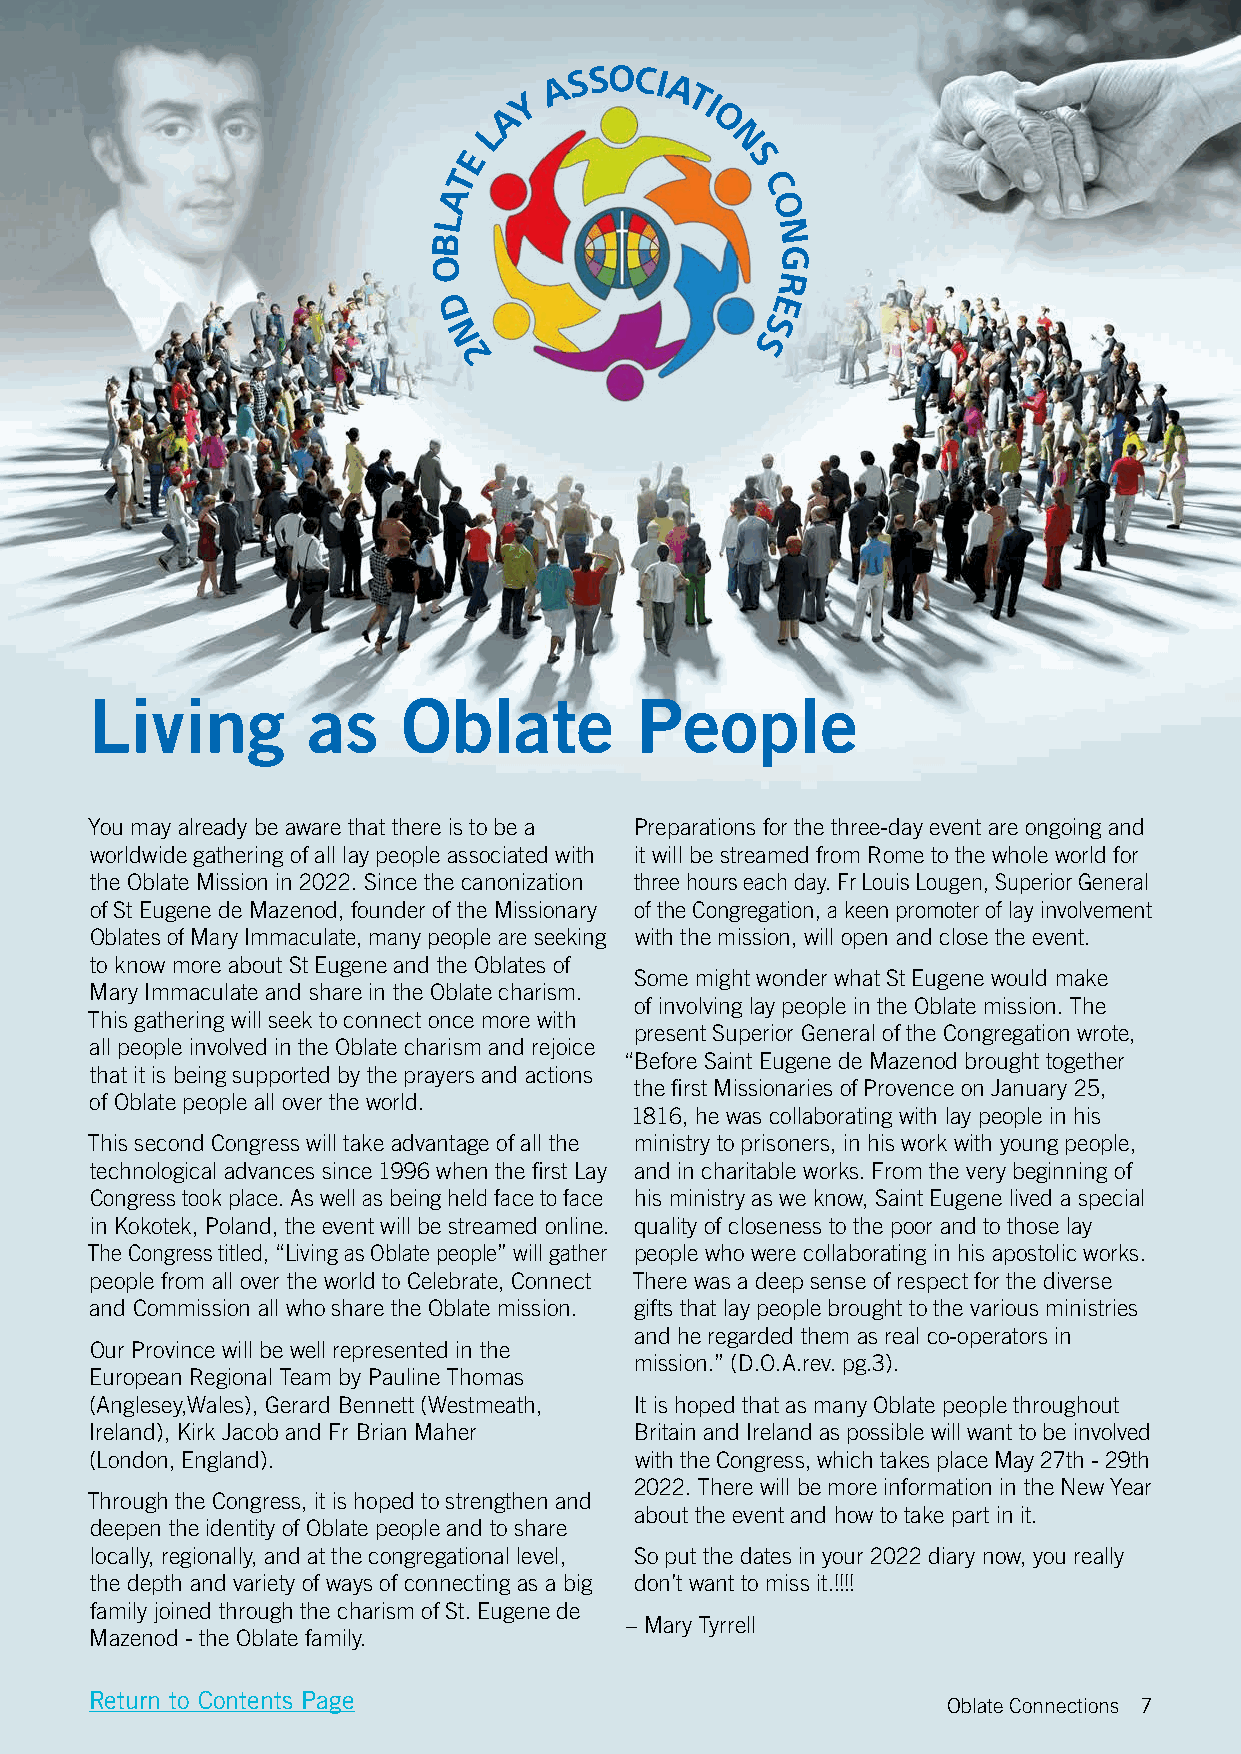
Living        as     Oblate         People
 You may already be aware that there is to be a Preparations for the three-day event are ongoing and
 worldwide gathering of all lay people associated with it will be streamed from Rome to the whole world for
 the Oblate Mission in 2022. Since the canonization three hours each day. Fr Louis Lougen, Superior General
 of St Eugene de Mazenod, founder of the Missionary of the Congregation, a keen promoter of lay involvement
 Oblates of Mary Immaculate, many people are seeking with the mission, will open and close the event.
 to know more about St Eugene and the Oblates of
 Some might wonder what St Eugene would make
 Mary Immaculate and share in the Oblate charism.
 of involving lay people in the Oblate mission. The
 This gathering will seek to connect once more with
 present Superior General of the Congregation wrote,
 all people involved in the Oblate charism and rejoice
 “Before Saint Eugene de Mazenod brought together
 that it is being supported by the prayers and actions
 the first Missionaries of Provence on January 25,
 of Oblate people all over the world.
 1816, he was collaborating with lay people in his
 This second Congress will take advantage of all the ministry to prisoners, in his work with young people,
 technological advances since 1996 when the first Lay and in charitable works. From the very beginning of
 Congress took place. As well as being held face to face his ministry as we know, Saint Eugene lived a special
 in Kokotek, Poland, the event will be streamed online. quality of closeness to the poor and to those lay
 The Congress titled, “Living as Oblate people” will gather people who were collaborating in his apostolic works.
 people from all over the world to Celebrate, Connect There was a deep sense of respect for the diverse
 and Commission all who share the Oblate mission. gifts that lay people brought to the various ministries
 and he regarded them as real co-operators in
 Our Province will be well represented in the
 mission.” (D.O.A.rev. pg.3).
 European Regional Team by Pauline Thomas
 (Anglesey,Wales), Gerard Bennett (Westmeath, It is hoped that as many Oblate people throughout
 Ireland), Kirk Jacob and Fr Brian Maher Britain and Ireland as possible will want to be involved
 (London, England).                  with the Congress, which takes place May 27th - 29th
 2022. There will be more information in the New Year
 Through the Congress, it is hoped to strengthen and
 about the event and how to take part in it.
 deepen the identity of Oblate people and to share
 locally, regionally, and at the congregational level, So put the dates in your 2022 diary now, you really
 the depth and variety of ways of connecting as a big don’t want to miss it.!!!!
 family joined through the charism of St. Eugene de
 – Mary Tyrrell
 Mazenod - the Oblate family.
 Return to Contents Page
 Oblate Connections 7